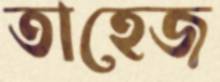
তাহেজ